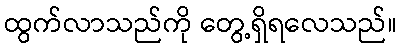
ထွက်လာသည်ကို တွေ့ရှိရလေသည်။